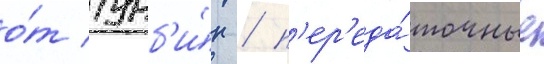
о́т турб'и́н / п'ер'еда́точные